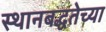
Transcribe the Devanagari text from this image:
स्थानबद्धतेच्या